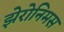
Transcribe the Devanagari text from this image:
झेरोनिमस